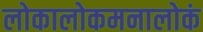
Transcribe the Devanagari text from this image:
लोकालोकमनालोकं